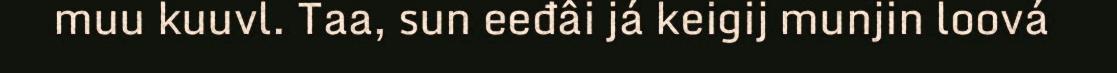
muu kuuvl. Taa, sun eeđâi já keigij munjin loová